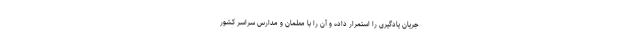
جریان یادگیری را استمرار داده و آن را با معلمان و مدارس سراسر کشور